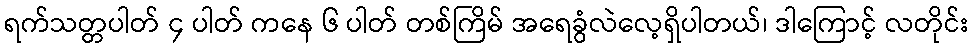
ရက်သတ္တပါတ် ၄ ပါတ် ကနေ ၆ ပါတ် တစ်ကြိမ် အရေခွံလဲလေ့ရှိပါတယ်၊ ဒါကြောင့် လတိုင်း